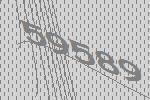
59589